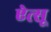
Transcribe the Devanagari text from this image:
ऐत्सू